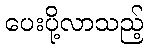
ပေးပို့လာသည့်